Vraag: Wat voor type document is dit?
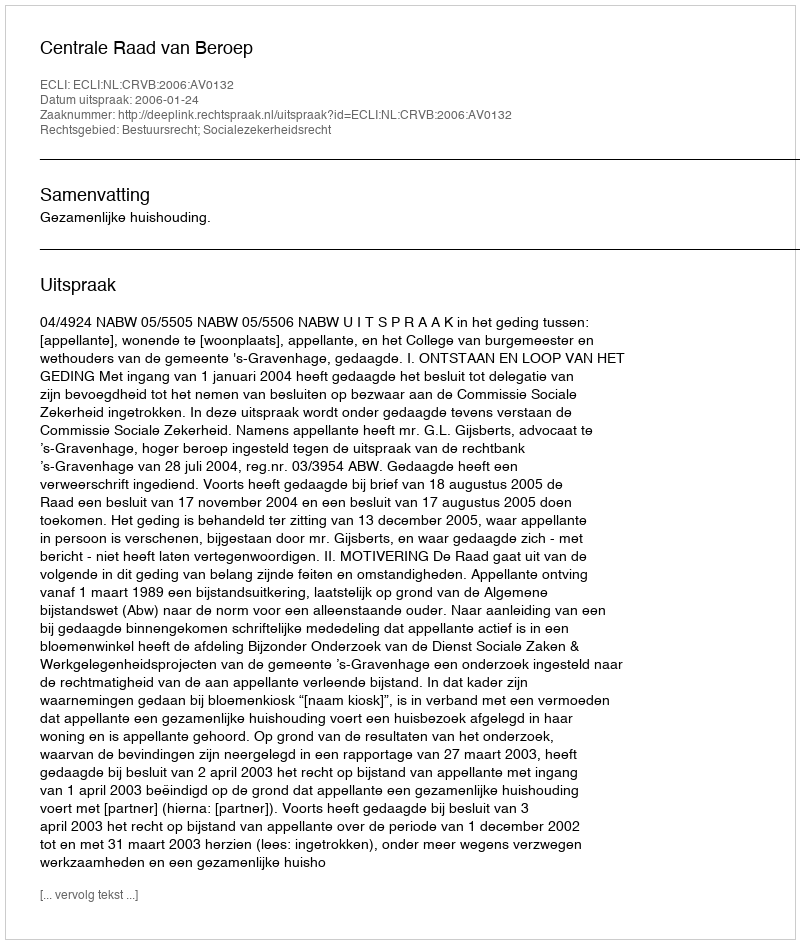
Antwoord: Uitspraak